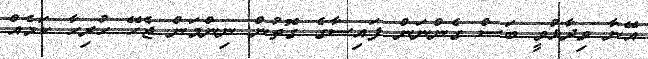
އޭނާ ވިދާޅުވީ ބަސް ގެންނަން ފައިސާގެ ގޮތުން ނިންމަން ޖެހޭ ހުރިހާ ކަމެއް